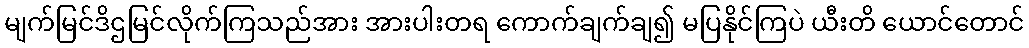
မျက်မြင်ဒိဌမြင်လိုက်ကြသည်အား အားပါးတရ ကောက်ချက်ချ၍ မပြနိုင်ကြပဲ ယီးတိ ယောင်တောင်